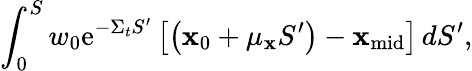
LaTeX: \int_{0}^{S}w_{0}\mathrm{e}^{-\Sigma_{t}S^{\prime}}\left[\left(\mathbf{x}_{0}+\mu_{\mathbf{x}}S^{\prime}\right)-\mathbf{x}_{\mathrm{{mid}}}\right]\, dS^{\prime},